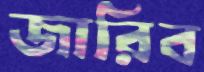
জারিব